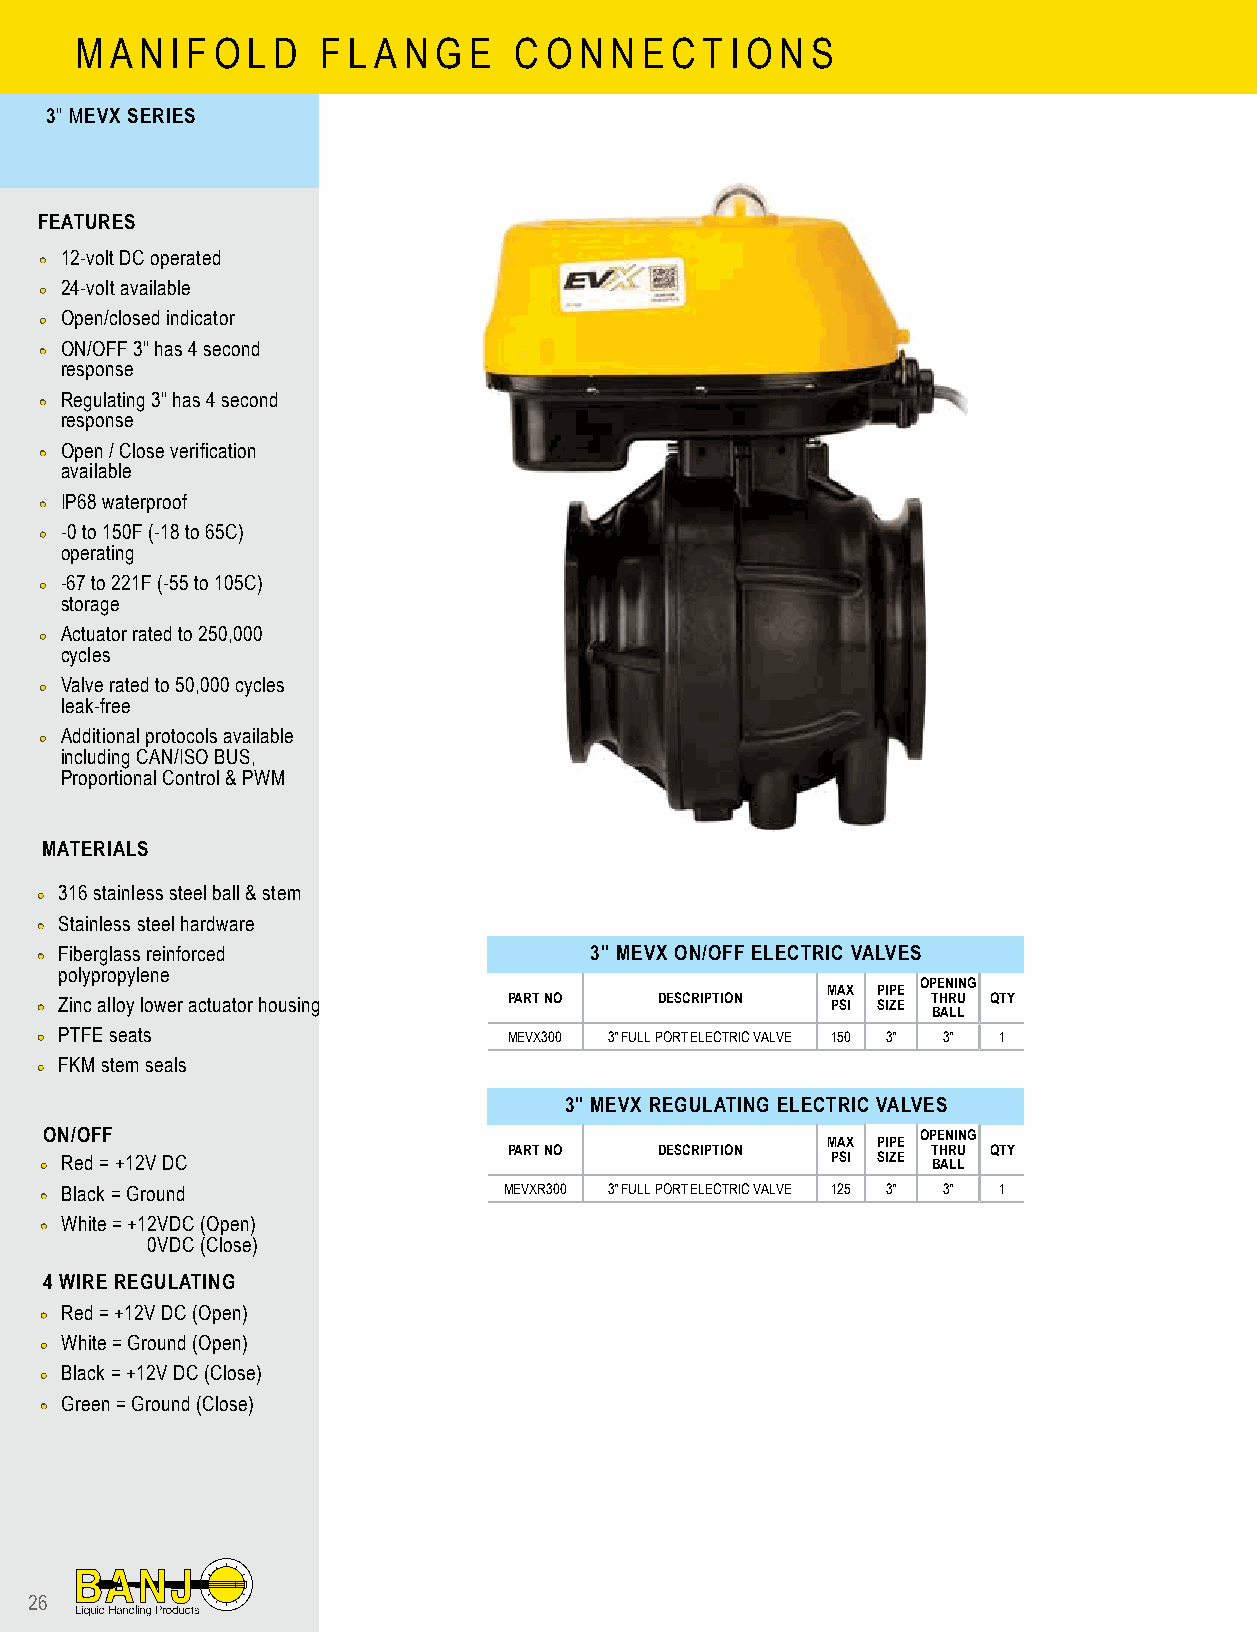
M A N I F O L D F L A N G E  C O N N E C T I O N S
 3″ MEVX SERIES
 FEATURES
 •• 12-volt DC operated
 •• 24-volt available
 •• Open/closed indicator
 •• ON/OFF 3" has 4 second
 response
 •• Regulating 3" has 4 second
 response
 •• Open / Close verification
 available
 •• IP68 waterproof
 •• -0 to 150F (-18 to 65C)
 operating
 •• -67 to 221F (-55 to 105C)
 storage
 •• Actuator rated to 250,000
 cycles
 •• Valve rated to 50,000 cycles
 leak-free
 •• Additional protocols available
 including CAN/ISO BUS,
 Proportional Control & PWM
 MATERIALS
 •• 316 stainless steel ball & stem
 •• Stainless steel hardware
 •• Fiberglass reinforced             3" MEVX ON/OFF ELECTRIC VALVES
 polypropylene
 OPENING
 MAX PIPE
 •• Zinc alloy lower actuator housing PART NO DESCRIPTION PSI SIZE T BH AR LU L QTY
 •• PTFE seats                   MEVX300 3" FULL PORT ELECTRIC VALVE 150 3" 3" 1
 •• FKM stem seals
 3" MEVX REGULATING ELECTRIC VALVES
 ON/OFF                                                    OPENING
 MAX PIPE
 PART NO   DESCRIPTION       THRU QTY
 •• Red = +12V DC                                    PSI SIZE BALL
 •• Black = Ground             MEVXR300 3" FULL PORT ELECTRIC VALVE 125 3" 3" 1
 •• White = +12VDC (Open)
 0VDC (Close)
 4 WIRE REGULATING
 •• Red = +12V DC (Open)
 •• White = Ground (Open)
 •• Black = +12V DC (Close)
 •• Green = Ground (Close)
 26